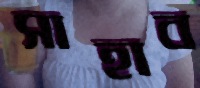
সাহাব